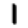
Digit: 1